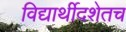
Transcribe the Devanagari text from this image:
विद्यार्थीदशेतच